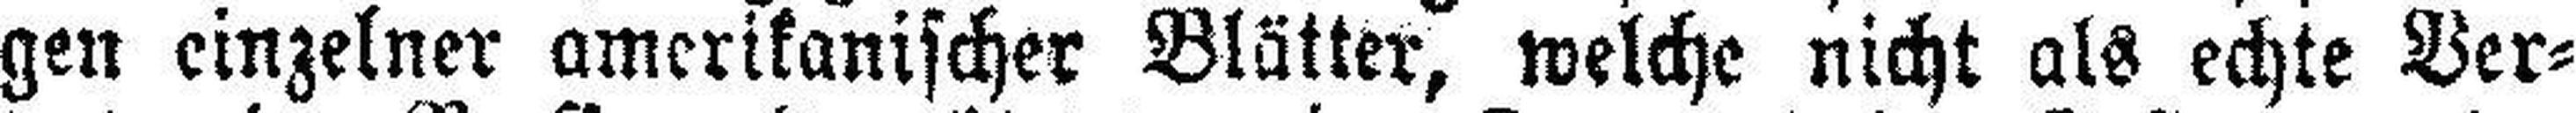
gen einzelner amerikanischer Blätter, welche nicht als echte Ver¬